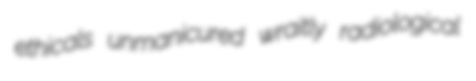
ethicals unmanicured wraitly radiological